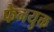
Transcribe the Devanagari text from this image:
फेनयुक्त